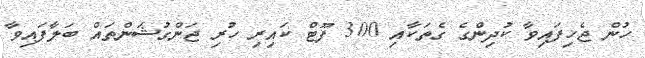
ހުން ޖެހިފައިވާ ކުދިންގެ ގެތަކާއި 300 ފޫޓް ކައިރި ހުރި ޖަންގުޝަންތައް ބަލާފައިވާ